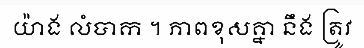
យ៉ាង លំបាក ។ ភាពខុសគ្នា នឹង ត្រូវ